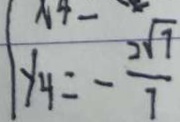
y _ { 4 } = - \frac { 2 \sqrt { 7 } } { 7 }